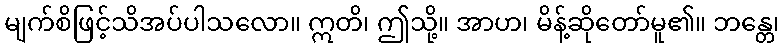
မျက်စိဖြင့်သိအပ်ပါသလော။ ဣတိ၊ ဤသို့။ အာဟ၊ မိန့်ဆိုတော်မူ၏။ ဘန္တေ၊